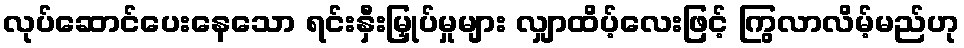
လုပ်ဆောင်ပေးနေသော ရင်းနှီးမြှုပ်မှုများ လျှာထိပ့်လေးဖြင့် ကြွလာလိမ့်မည်ဟု